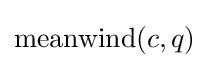
{\text{meanwind}}(c,q)